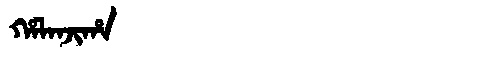
Manchu: ᡥᠠᠯᠠᠨᠵᡳᡥᠠ
Romanization: HALANJIHA